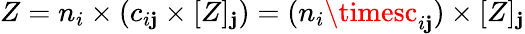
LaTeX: Z=n_{i}\times(c_{i\mathbf{j}}\times[Z]_{\mathbf{j}})=(n_{i}\timesc_{i\mathbf{j}})\times[Z]_{\mathbf{j}}